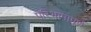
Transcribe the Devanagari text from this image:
परिभाषापूर्ण